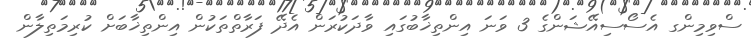
ސްވިމިންގ އެސޯސިއޭޝަންގެ 3 ވަނަ އިންތިޚާބުގައި ވާދަކުރަން އެދޭ ފަރާތްތަކުން އިންތިޚާބަށް ކުރިމަތިލާން